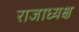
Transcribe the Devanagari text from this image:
राजाध्‍यक्ष